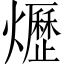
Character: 爏